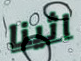
اثينا